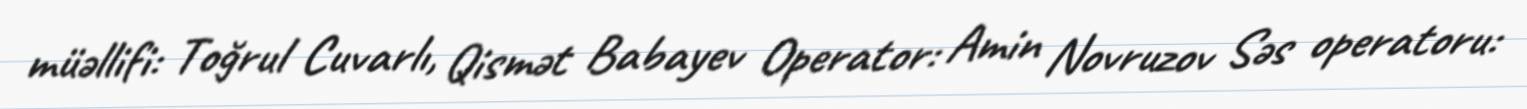
müəllifi: Toğrul Cuvarlı, Qismət Babayev Operator: Amin Novruzov Səs operatoru: